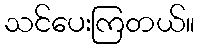
သင်ပေးကြတယ်။